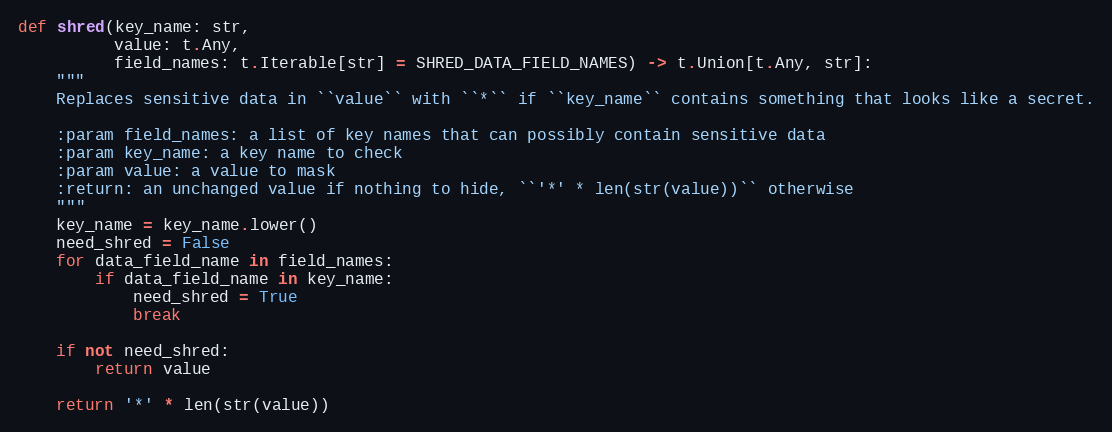
Language: Python
def shred(key_name: str,
          value: t.Any,
          field_names: t.Iterable[str] = SHRED_DATA_FIELD_NAMES) -> t.Union[t.Any, str]:
    """
    Replaces sensitive data in ``value`` with ``*`` if ``key_name`` contains something that looks like a secret.

    :param field_names: a list of key names that can possibly contain sensitive data
    :param key_name: a key name to check
    :param value: a value to mask
    :return: an unchanged value if nothing to hide, ``'*' * len(str(value))`` otherwise
    """
    key_name = key_name.lower()
    need_shred = False
    for data_field_name in field_names:
        if data_field_name in key_name:
            need_shred = True
            break

    if not need_shred:
        return value

    return '*' * len(str(value))